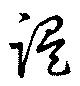
誤